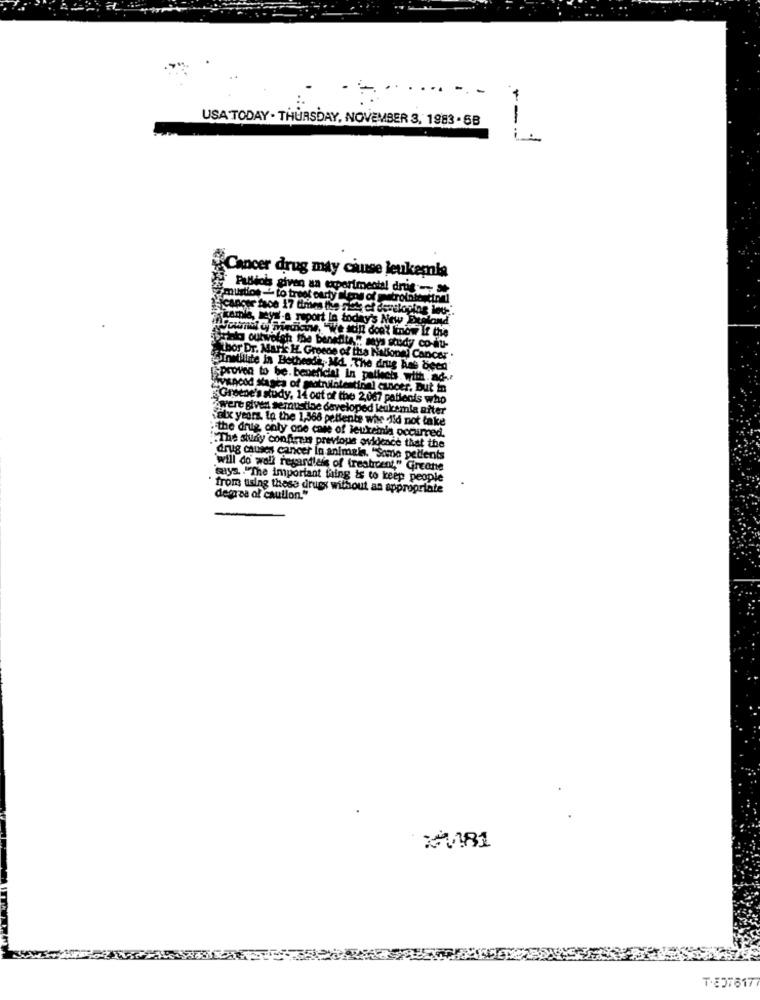
-.-
USA TODAY - THURSDAY, NOVEMBER 3, 1983 - 5B
---
#Cancer drug may cause leukemia
Publiois given an experimental drus-
"mustlos -" to treof ourty alens of metrointestinal
kamle, leys-a report lo today's New England"
"youmit of Medicine, "We son don't know It the
strato outweigh the benedita," says study co-du-
Thor Dr. Mark H. Groene of the National Cancer .
Inntillite in Botheodi, Md. . The drug has been'
-proven to be. beneficial in patlech with.ad-r
Livsnood stasta of motrilintestinal cancer. But in
Greene's study, 14 out of the 2,067 patients who
were given semustlac developed leukemia aiter
"atx years. to the 1,568 pellente whe did not take
the drug only one care of leukemia occurred.
1.The study confiren previous evidence that the
drug causes cancer lo animals. "Some pedlents
"will do wall regardless of freshcent," Greene
sys. . "The important thing is to keep people
from using these druex without an appropriate
degree of caution."
XABI
T.837617